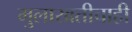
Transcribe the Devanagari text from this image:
मुलाखतीचाही